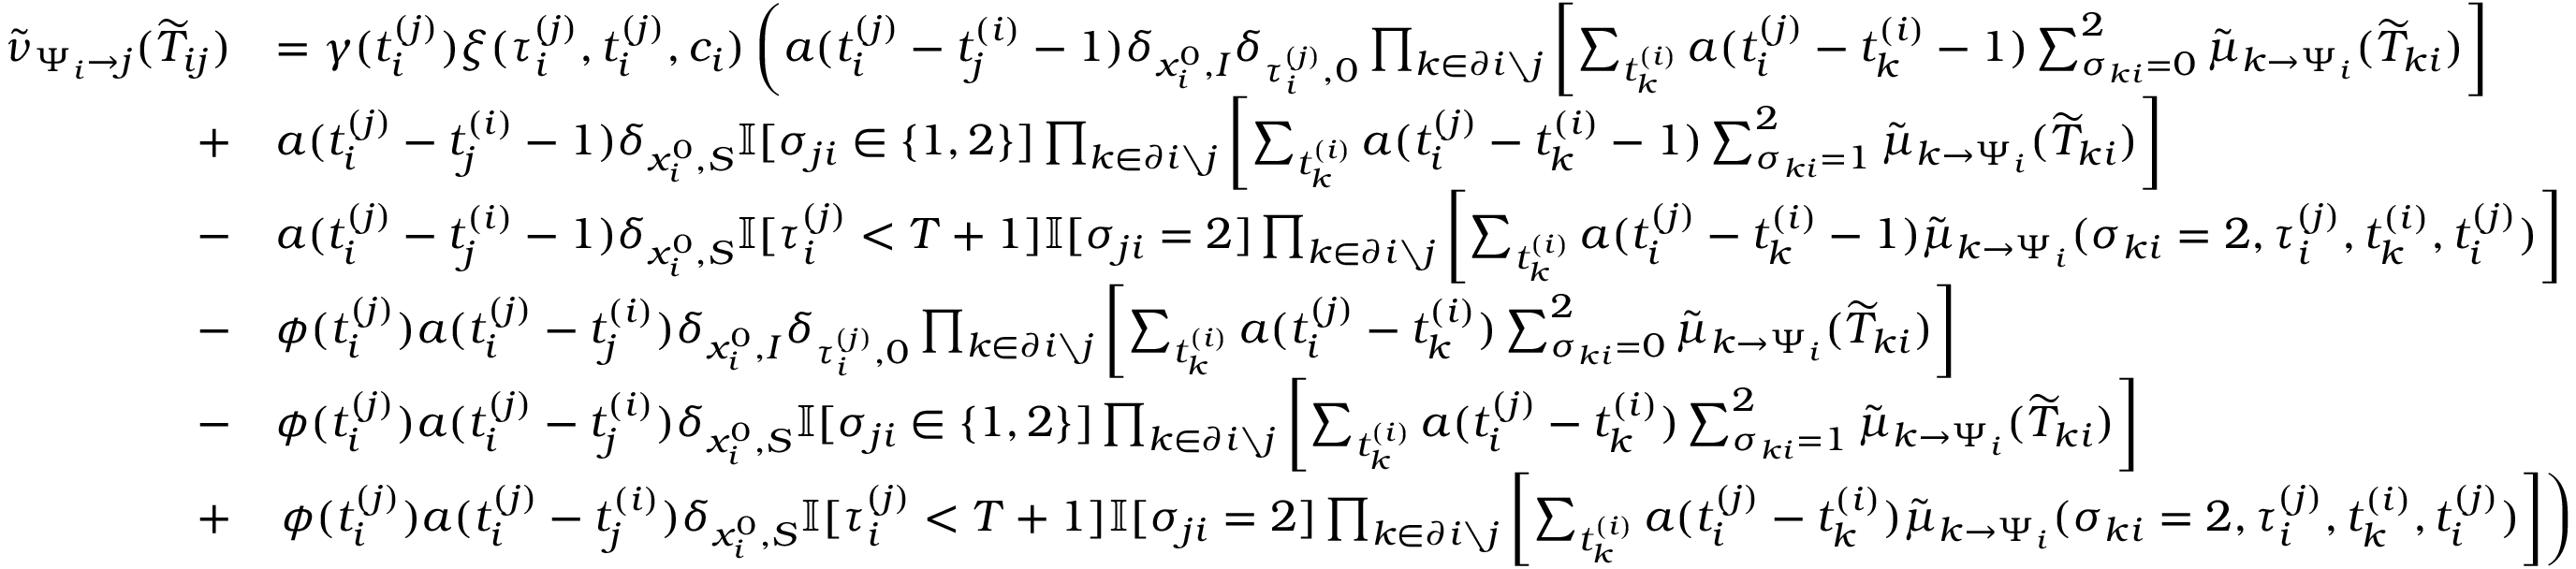
\begin{array} { r } { \begin{array} { r l } { \tilde { \nu } _ { \Psi _ { i } \to j } ( \widetilde { T } _ { i j } ) } & { = \gamma ( t _ { i } ^ { ( j ) } ) \xi ( \tau _ { i } ^ { ( j ) } , t _ { i } ^ { ( j ) } , c _ { i } ) \left( a ( t _ { i } ^ { ( j ) } - t _ { j } ^ { ( i ) } - 1 ) \delta _ { x _ { i } ^ { 0 } , I } \delta _ { \tau _ { i } ^ { ( j ) } , 0 } \prod _ { k \in \partial i \setminus j } \left[ \sum _ { t _ { k } ^ { ( i ) } } a ( t _ { i } ^ { ( j ) } - t _ { k } ^ { ( i ) } - 1 ) \sum _ { \sigma _ { k i } = 0 } ^ { 2 } \tilde { \mu } _ { k \to \Psi _ { i } } ( \widetilde { T } _ { k i } ) \right] \right. } \\ { + } & { a ( t _ { i } ^ { ( j ) } - t _ { j } ^ { ( i ) } - 1 ) \delta _ { x _ { i } ^ { 0 } , S } \mathbb { I } [ \sigma _ { j i } \in \{ 1 , 2 \} ] \prod _ { k \in \partial i \setminus j } \left[ \sum _ { t _ { k } ^ { ( i ) } } a ( t _ { i } ^ { ( j ) } - t _ { k } ^ { ( i ) } - 1 ) \sum _ { \sigma _ { k i } = 1 } ^ { 2 } \tilde { \mu } _ { k \to \Psi _ { i } } ( \widetilde { T } _ { k i } ) \right] } \\ { - } & { a ( t _ { i } ^ { ( j ) } - t _ { j } ^ { ( i ) } - 1 ) \delta _ { x _ { i } ^ { 0 } , S } \mathbb { I } [ \tau _ { i } ^ { ( j ) } < T + 1 ] \mathbb { I } [ \sigma _ { j i } = 2 ] \prod _ { k \in \partial i \setminus j } \left[ \sum _ { t _ { k } ^ { ( i ) } } a ( t _ { i } ^ { ( j ) } - t _ { k } ^ { ( i ) } - 1 ) \tilde { \mu } _ { k \to \Psi _ { i } } ( \sigma _ { k i } = 2 , \tau _ { i } ^ { ( j ) } , t _ { k } ^ { ( i ) } , t _ { i } ^ { ( j ) } ) \right] } \\ { - } & { \phi ( t _ { i } ^ { ( j ) } ) a ( t _ { i } ^ { ( j ) } - t _ { j } ^ { ( i ) } ) \delta _ { x _ { i } ^ { 0 } , I } \delta _ { \tau _ { i } ^ { ( j ) } , 0 } \prod _ { k \in \partial i \setminus j } \left[ \sum _ { t _ { k } ^ { ( i ) } } a ( t _ { i } ^ { ( j ) } - t _ { k } ^ { ( i ) } ) \sum _ { \sigma _ { k i } = 0 } ^ { 2 } \tilde { \mu } _ { k \to \Psi _ { i } } ( \widetilde { T } _ { k i } ) \right] } \\ { - } & { \phi ( t _ { i } ^ { ( j ) } ) a ( t _ { i } ^ { ( j ) } - t _ { j } ^ { ( i ) } ) \delta _ { x _ { i } ^ { 0 } , S } \mathbb { I } [ \sigma _ { j i } \in \{ 1 , 2 \} ] \prod _ { k \in \partial i \setminus j } \left[ \sum _ { t _ { k } ^ { ( i ) } } a ( t _ { i } ^ { ( j ) } - t _ { k } ^ { ( i ) } ) \sum _ { \sigma _ { k i } = 1 } ^ { 2 } \tilde { \mu } _ { k \to \Psi _ { i } } ( \widetilde { T } _ { k i } ) \right] } \\ { + } & { \left. \phi ( t _ { i } ^ { ( j ) } ) a ( t _ { i } ^ { ( j ) } - t _ { j } ^ { ( i ) } ) \delta _ { x _ { i } ^ { 0 } , S } \mathbb { I } [ \tau _ { i } ^ { ( j ) } < T + 1 ] \mathbb { I } [ \sigma _ { j i } = 2 ] \prod _ { k \in \partial i \setminus j } \left[ \sum _ { t _ { k } ^ { ( i ) } } a ( t _ { i } ^ { ( j ) } - t _ { k } ^ { ( i ) } ) \tilde { \mu } _ { k \to \Psi _ { i } } ( \sigma _ { k i } = 2 , \tau _ { i } ^ { ( j ) } , t _ { k } ^ { ( i ) } , t _ { i } ^ { ( j ) } ) \right] \right) } \end{array} } \end{array}